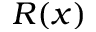
R ( x )